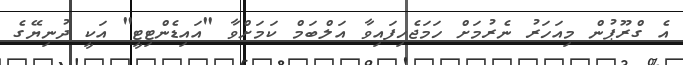
އެ ގްރޫޕުން މިއަހަރު ނެރުމަށް ހަމަޖެހިފައިވާ އަލްބަމް ކަމަށްވާ "އައިޑެންޓިޓީ" އަކީ ދުނިޔޭގެ